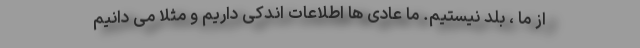
از ما ، بلد نیستیم. ما عادی ها اطلاعات اندکی داریم و مثلاً می دانیم